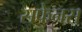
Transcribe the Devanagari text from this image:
सफेनस